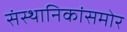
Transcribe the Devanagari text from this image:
संस्थानिकांसमोर